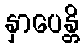
နှာပေန္တိ